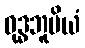
ဝုဒ္ဓဘူမိယံ